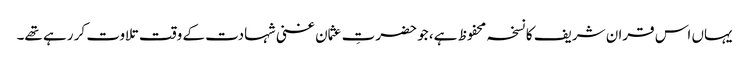
یہاں اس قران شریف کا نسخہ محفوظ ہے، جو حضرتِ عثمان غنی شہادت کے وقت تلاوت کر رہے تھے۔